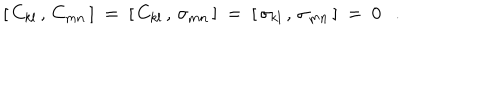
LaTeX: [ \, C _ { k l } \, , \, C _ { m n } \, ] ~ = ~ [ \, C _ { k l } \, , \, \sigma _ { m n } \, ] ~ = ~ [ \, \sigma _ { k l } \, , \, \sigma _ { m n } \, ] ~ = ~ 0 .